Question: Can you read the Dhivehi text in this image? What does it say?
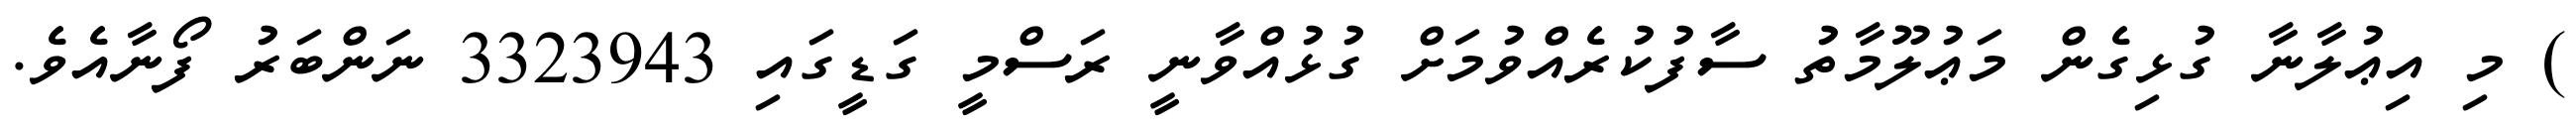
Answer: ) މި އިޢުލާނާ ގުޅިގެން މަޢުލޫމާތު ސާފުކުރެއްވުމަށް ގުޅުއްވާނީ ރަސްމީ ގަޑީގައި 3323943 ނަންބަރު ފޯނާއެވެ.